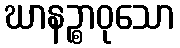
ဃာနဉ္စာဝုသော